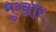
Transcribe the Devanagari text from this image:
मुखार